[Report on the health of British troops in the Madras command]
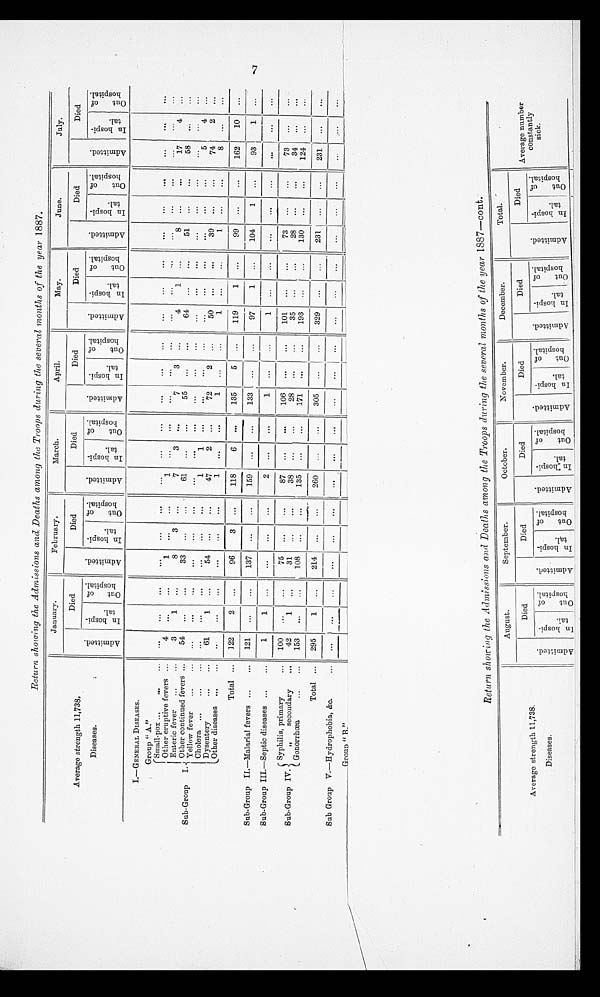
Return showing the Adinissions and Deaths among the Troops durinq the several months of the year 1887.
Average strength 11,738.
January.
February.
March.
April.
May.
June.
July.
Died
Died
Died
Died
Died
Died
Died
Diseases.
A d m i t t e d . . I n h o s p i t a l .
I n h o s p t i a l . .
O u t o f h o s p i t a l .
A d m i t t e d .
I n h o s p t i a l .
Ou t o f h o s p i t a l .
A d m i t t e d .
I n h o s p t i a l .
O u t o f h o s p i t a l .
A d m i t t e d .
I n h o s p t i a l .
Ou t o f h o s p i t a l .
A d m i t t e d .
I n h o s p t i a l .
Ou t o f h o s p i t a l .
A d m i t t e d .
I n h o s p t i a l .
Out of hospi t al .
A d m i t t e l .
I n h o s p t i a l . .
Ou t o f h o s p i t a l .
I.— GENERAL DISEASES.
Group " A."
s M
a l l - p o x
Other eruptive fevers
4
1
1
Enteric fever
3
1
8
3
7
3
7
3
4
1
8
17
4
Sub-Group I. Other continued fevers
54
33
61
55
64
51
58
Yellow fever
Cholera
1
1
5
4
Dysentery
61
1
54
47
2
72
2
50
39
74
2
Other diseases
1
1
1
1
8
Total
122
2
96
3
118
6
135
5
119
1
99
162
10
Sub-Group IL—Malarial fevers
121
137
159
133
97
1
104
1
93
1
Sub-Group III.—Septic diseases
1
1
2
1
1
Syphilis, primary
100
75
87
106
101
73
73
Sub-Group IV.
secondary
42
1
31
38
28
35
28
34
Gonorrhcea• • •
153
108
135
171
193
130
124
Total
1
295
1
214
9 60
305
329
231
231
Sub Group V.—Hydrophobia, &c.
G r o u p " B "
"
1